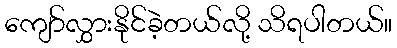
ကျော်လွှားနိုင်ခဲ့တယ်လို့ သိရပါတယ်။